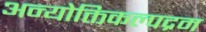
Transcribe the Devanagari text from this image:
अन्योक्तिकल्पद्रम